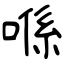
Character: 喺